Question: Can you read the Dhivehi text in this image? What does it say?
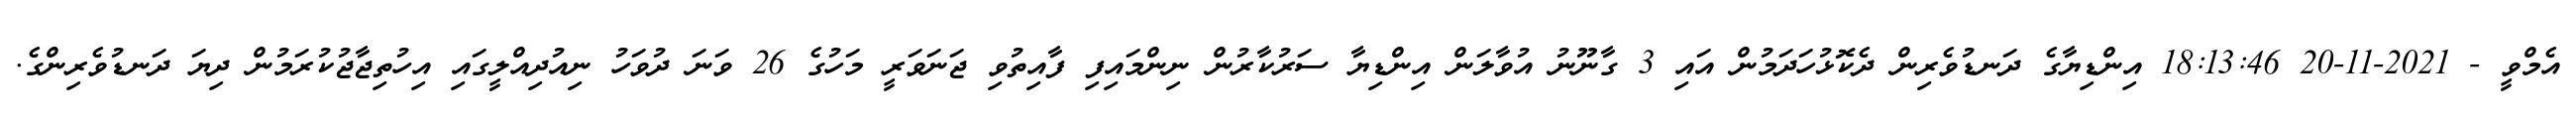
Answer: އެމްވީ - 2021-11-20 18:13:46 އިންޑިޔާގެ ދަނޑުވެރިން ދެކޮޅުހަދަމުން އައި 3 ގާނޫނު އުވާލަން އިންޑިޔާ ސަރުކާރުން ނިންމައިފި ފާއިތުވި ޖަނަވަރީ މަހުގެ 26 ވަނަ ދުވަހު ނިއުދިއްލީގައި އިހުތިޖާޖުކުރަމުން ދިޔަ ދަނޑުވެރިންގެ.